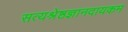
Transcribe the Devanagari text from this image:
सत्यश्रेष्ठज्ञानदायकम